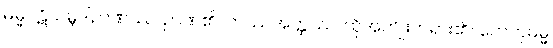
ဓမ္မပဋိသမ္ဘိဒါဉာဏဿ၊ ဉာဏ်၏။ တဿအတ္ထဿ၊ ထိုအကျိုးတရား၏။ ဟေတုဓမ္မ